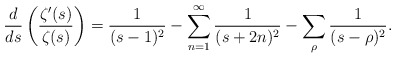
\begin{align*} \frac{d}{ds}\left(\frac{\zeta'(s)}{\zeta(s)} \right) = \frac{1}{(s-1)^2} - \sum_{n=1}^\infty \frac{1}{(s+2n)^2} - \sum_\rho \frac{1}{(s-\rho)^2}.\end{align*}